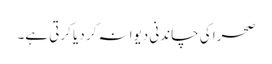
صحرا کی چاندنی دیوانہ کر دیا کرتی ہے۔